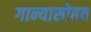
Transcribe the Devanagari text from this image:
गान्यासोबत